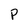
Character: P